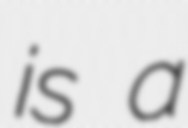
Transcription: is a